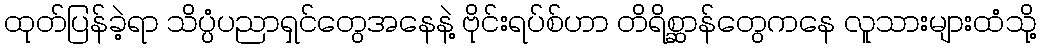
ထုတ်ပြန်ခဲ့ရာ သိပ္ပံပညာရှင်တွေအနေနဲ့ ဗိုင်းရပ်စ်ဟာ တိရိစ္ဆာန်တွေကနေ လူသားများထံသို့